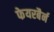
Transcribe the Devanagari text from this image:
फेयरबैर्न